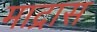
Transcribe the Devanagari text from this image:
माद्रास